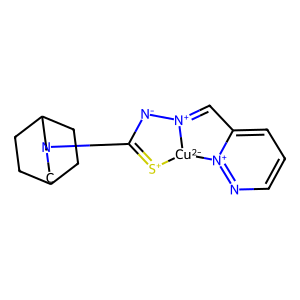
SMILES: C1=[N+]2[N-]C(N3CC4CCC(CC4)C3)=[S+][Cu-2]2[n+]2ncccc21
Inhibits HIV replication: No